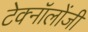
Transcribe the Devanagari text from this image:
टेक्नॉलोंजी